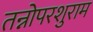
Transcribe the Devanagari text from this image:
तन्नोपरशुराम